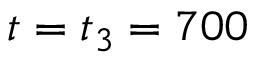
t = t _ { 3 } = 7 0 0